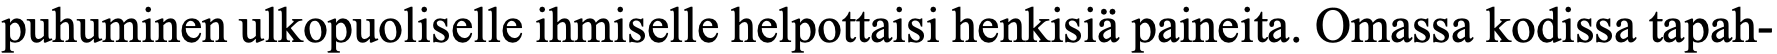
puhuminen ulkopuoliselle ihmiselle helpottaisi henkisiä paineita. Omassa kodissa tapah-